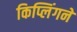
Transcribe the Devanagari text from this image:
किप्लिंगने